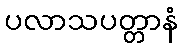
ပလာသပတ္တာနံ